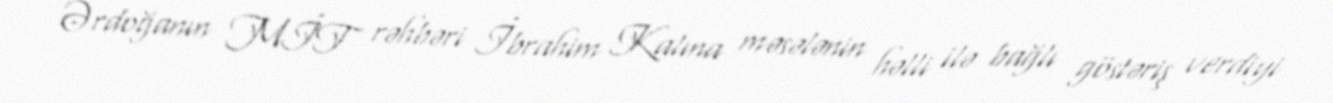
Ərdoğanın MİT rəhbəri İbrahim Kalına məsələnin həlli ilə bağlı göstəriş verdiyi